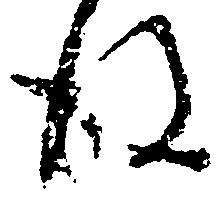
後